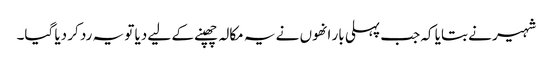
شہیر نے بتایا کہ جب پہلی بار انھوں نے یہ مکالہ چھپنے کے لیے دیا تو یہ رد کر دیا گیا۔